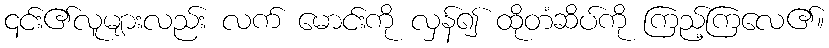
၎င်း၏လူများလည်း လက် မောင်းကို လှန်၍ ထိုတံဆိပ်ကို ကြည့်ကြလေ၏။